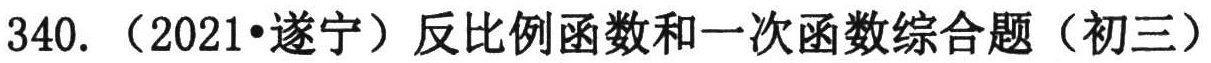
340. （2021•遂宁）反比例函数和一次函数综合题（初三）